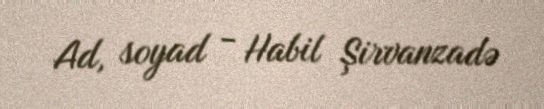
Ad, soyad - Habil Şirvanzadə